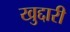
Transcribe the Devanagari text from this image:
खुद्दारी